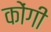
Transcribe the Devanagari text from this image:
कोंगी